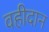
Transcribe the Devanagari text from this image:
वहीदान